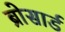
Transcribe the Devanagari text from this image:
ब्रोसार्ड